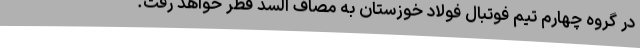
در گروه چهارم تیم فوتبال فولاد خوزستان به مصاف السد قطر خواهد رفت.